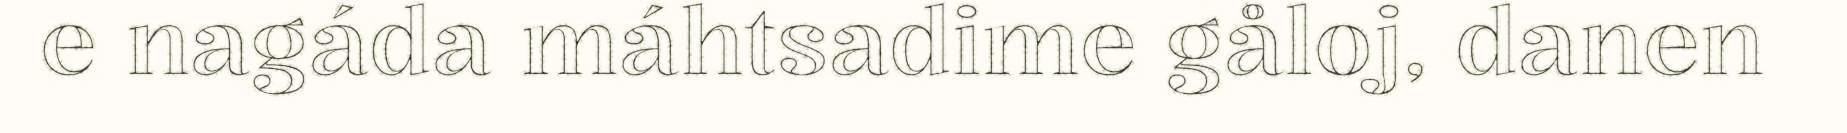
e nagáda máhtsadime gåloj, danen